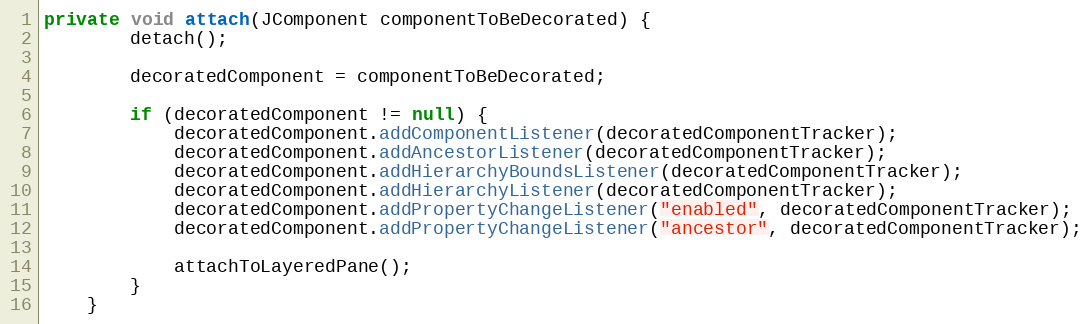
Language: Java
private void attach(JComponent componentToBeDecorated) {
        detach();

        decoratedComponent = componentToBeDecorated;

        if (decoratedComponent != null) {
            decoratedComponent.addComponentListener(decoratedComponentTracker);
            decoratedComponent.addAncestorListener(decoratedComponentTracker);
            decoratedComponent.addHierarchyBoundsListener(decoratedComponentTracker);
            decoratedComponent.addHierarchyListener(decoratedComponentTracker);
            decoratedComponent.addPropertyChangeListener("enabled", decoratedComponentTracker);
            decoratedComponent.addPropertyChangeListener("ancestor", decoratedComponentTracker);

            attachToLayeredPane();
        }
    }